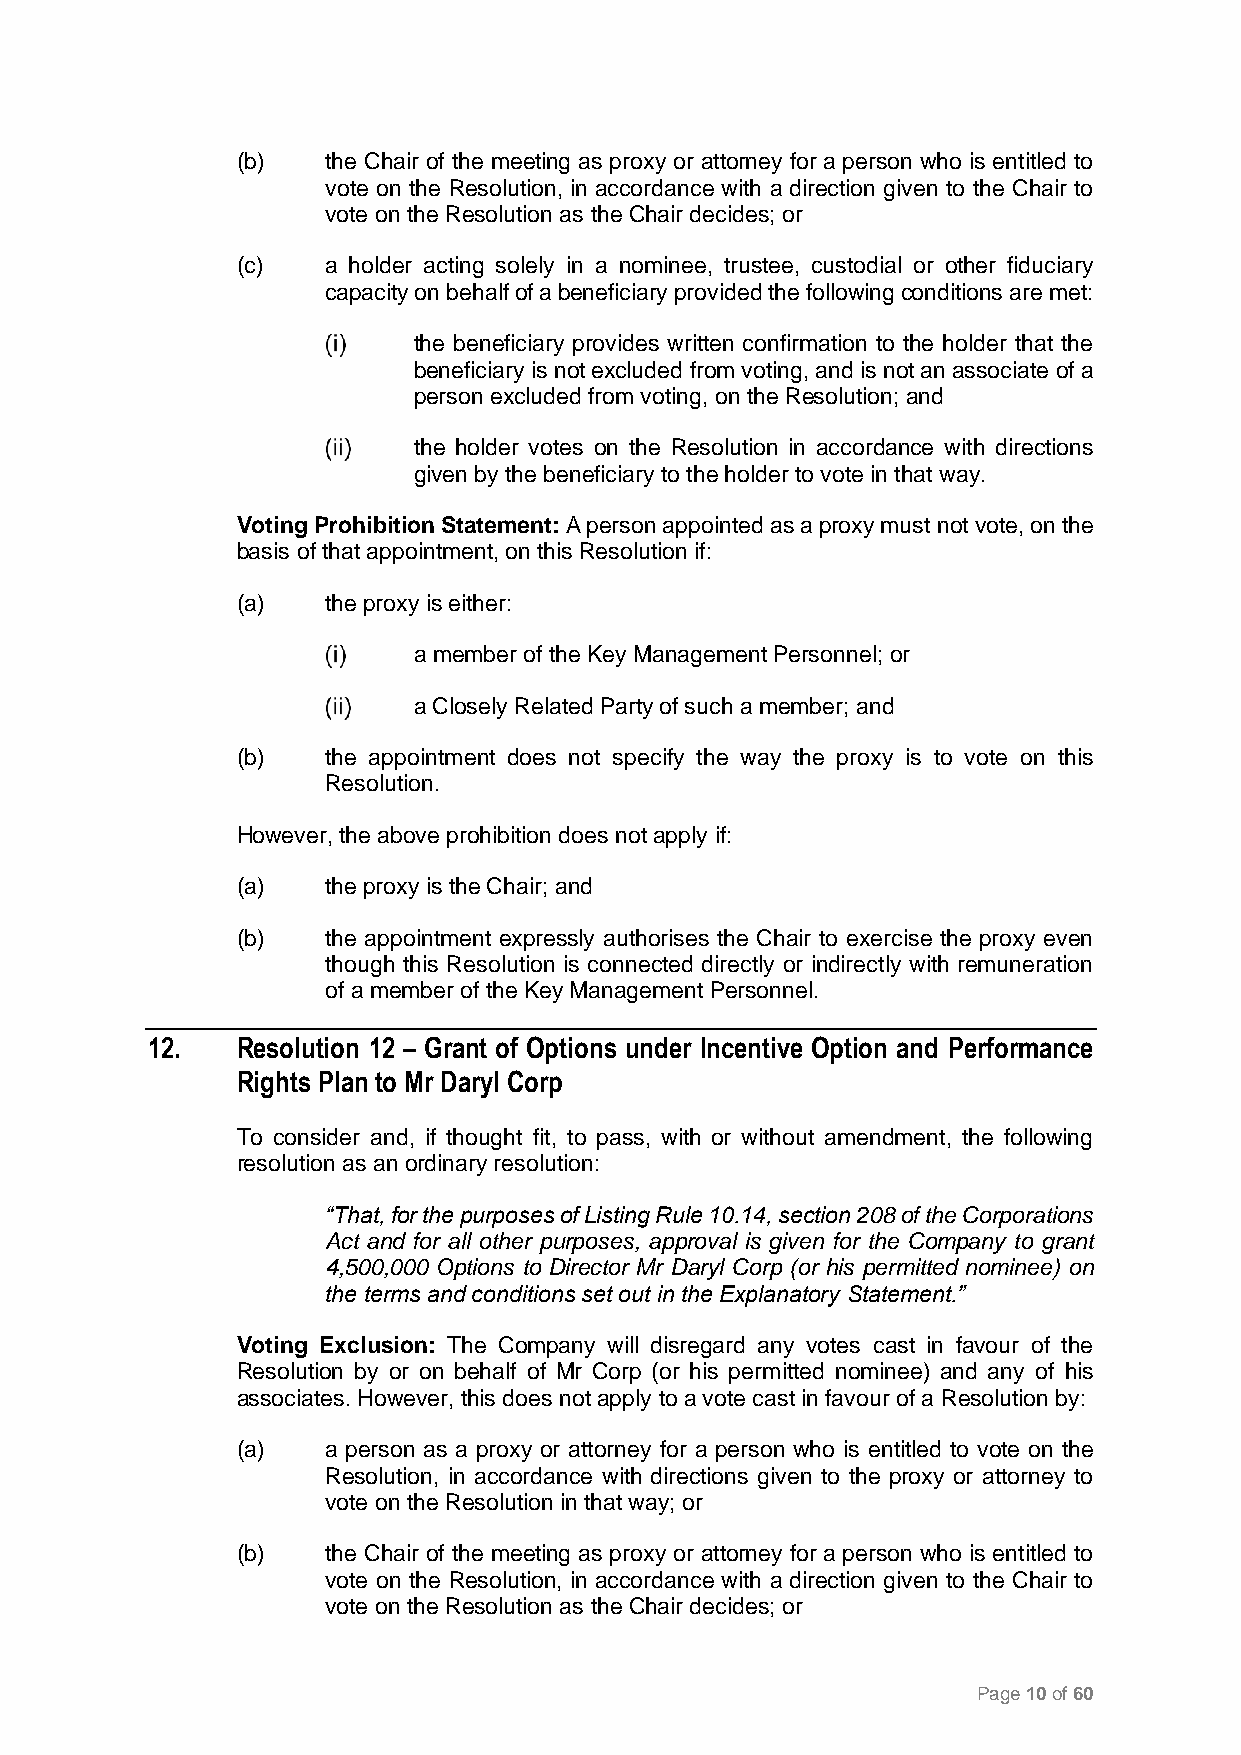
(b)   the Chair of the meeting as proxy or attorney for a person who is entitled to
 vote on the Resolution, in accordance with a direction given to the Chair to
 vote on the Resolution as the Chair decides; or
 (c)   a holder acting solely in a nominee, trustee, custodial or other fiduciary
 capacity on behalf of a beneficiary provided the following conditions are met:
 the beneficiary provides written confirmation to the holder that the
 beneficiary is not excluded from voting, and is not an associate of a
 person excluded from voting, on the Resolution; and
 the holder votes on the Resolution in accordance with directions
 given by the beneficiary to the holder to vote in that way.
 Voting Prohibition Statement: A person appointed as a proxy must not vote, on the
 basis of that appointment, on this Resolution if:
 (a)   the proxy is either:
 a member of the Key Management Personnel; or
 a Closely Related Party of such a member; and
 (b)   the appointment does not specify the way the proxy is to vote on this
 Resolution.
 However, the above prohibition does not apply if:
 (a)   the proxy is the Chair; and
 (b)   the appointment expressly authorises the Chair to exercise the proxy even
 though this Resolution is connected directly or indirectly with remuneration
 of a member of the Key Management Personnel.
 12.   Resolution 12 – Grant of Options under Incentive Option and Performance
 Rights Plan to Mr Daryl Corp
 To consider and, if thought fit, to pass, with or without amendment, the following
 resolution as an ordinary resolution:
 “That, for the purposes of Listing Rule 10.14, section 208 of the Corporations
 Act and for all other purposes, approval is given for the Company to grant
 4,500,000 Options to Director Mr Daryl Corp (or his permitted nominee) on
 the terms and conditions set out in the Explanatory Statement.”
 Voting Exclusion: The Company will disregard any votes cast in favour of the
 Resolution by or on behalf of Mr Corp (or his permitted nominee) and any of his
 associates. However, this does not apply to a vote cast in favour of a Resolution by:
 (a)   a person as a proxy or attorney for a person who is entitled to vote on the
 Resolution, in accordance with directions given to the proxy or attorney to
 vote on the Resolution in that way; or
 (b)   the Chair of the meeting as proxy or attorney for a person who is entitled to
 vote on the Resolution, in accordance with a direction given to the Chair to
 vote on the Resolution as the Chair decides; or
 Page 10 of 60